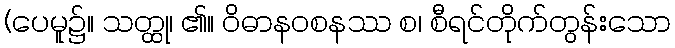
(ပေမူ၌။ သတ္ထု၊ ၏။ ဝိဓာနဝစနဿ စ၊ စီရင်တိုက်တွန်းသော